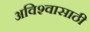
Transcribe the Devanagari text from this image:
अविश्‍वासाठी